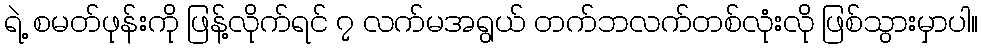
ရဲ့ စမတ်ဖုန်းကို ဖြန့်လိုက်ရင် ၇ လက်မအရွယ် တက်ဘလက်တစ်လုံးလို ဖြစ်သွားမှာပါ။